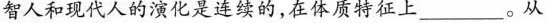
智人和现代人的演化是连续的，在体质特征上___。从